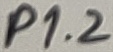
Text: P1.1